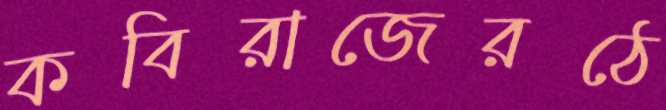
কবিরাজেরঠে